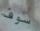
سوف